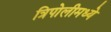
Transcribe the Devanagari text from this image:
त्रिपोलीमध्ये